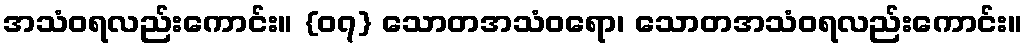
အသံဝရလည်းကောင်း။ {၀၇} သောတအသံဝရော၊ သောတအသံဝရလည်းကောင်း။